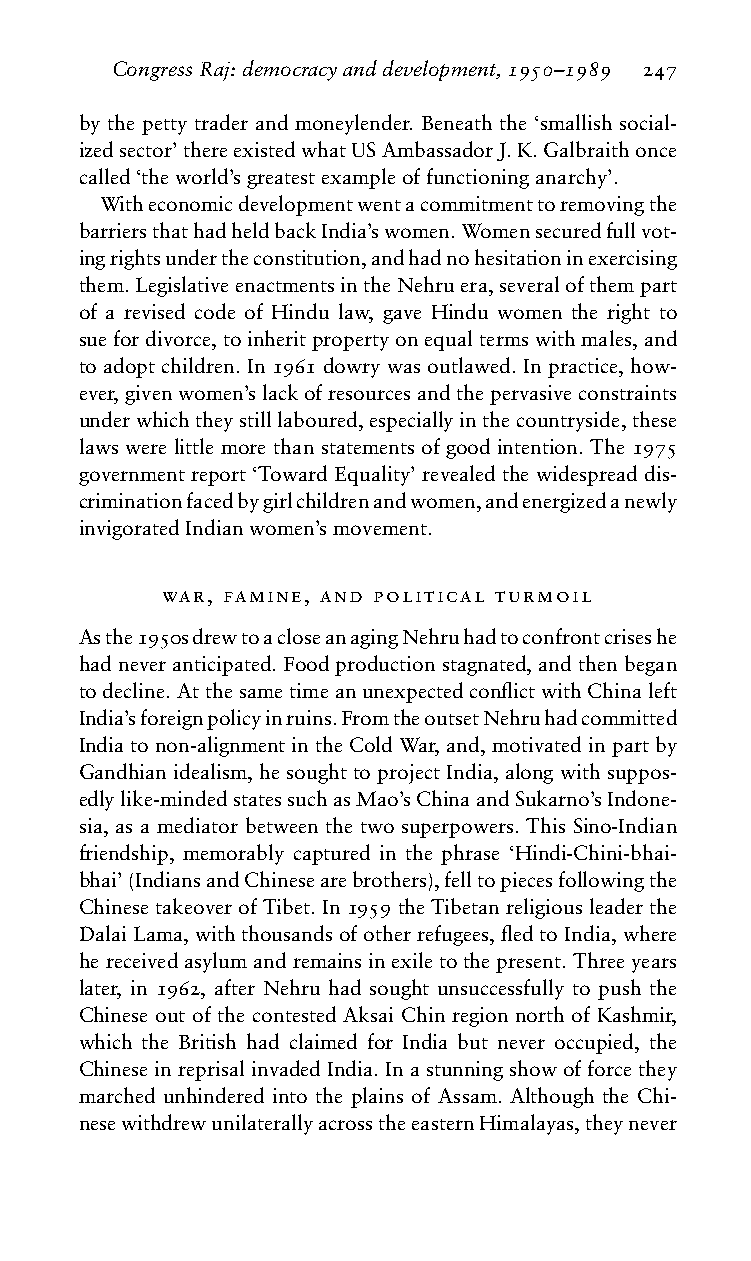
CongressRaj:democracyanddevelopment,1950–1989 247
 by the petty trader and moneylender. Beneath the ‘smallish social-
 izedsector’thereexistedwhatUSAmbassadorJ.K.Galbraithonce
 called‘theworld’sgreatestexampleoffunctioninganarchy’.
 Witheconomicdevelopmentwentacommitmenttoremovingthe
 barriersthathadheldbackIndia’swomen.Womensecuredfullvot-
 ingrightsundertheconstitution,andhadnohesitationinexercising
 them.LegislativeenactmentsintheNehruera,severalofthempart
 of a revised code of Hindu law, gave Hindu women the right to
 suefordivorce,toinheritpropertyonequaltermswithmales,and
 to adopt children. In 1961 dowry was outlawed. In practice, how-
 ever,givenwomen’slackofresourcesandthepervasiveconstraints
 underwhichtheystilllaboured,especiallyinthecountryside,these
 laws were little more than statements of good intention. The 1975
 government report ‘Toward Equality’ revealed the widespread dis-
 criminationfacedbygirlchildrenandwomen,andenergizedanewly
 invigoratedIndianwomen’smovement.
 war, famine, and political turmoil
 Asthe1950sdrewtoacloseanagingNehruhadtoconfrontcriseshe
 hadneveranticipated.Foodproductionstagnated,andthenbegan
 todecline.AtthesametimeanunexpectedconflictwithChinaleft
 India’sforeignpolicyinruins.FromtheoutsetNehruhadcommitted
 Indiatonon-alignmentintheColdWar,and,motivatedinpartby
 Gandhian idealism, he sought to project India, along with suppos-
 edlylike-mindedstatessuchasMao’sChinaandSukarno’sIndone-
 sia, as a mediator between the two superpowers. This Sino-Indian
 friendship, memorably captured in the phrase ‘Hindi-Chini-bhai-
 bhai’(IndiansandChinesearebrothers),felltopiecesfollowingthe
 ChinesetakeoverofTibet.In1959theTibetanreligiousleaderthe
 DalaiLama,withthousandsofotherrefugees,fledtoIndia,where
 hereceivedasylumandremainsinexiletothepresent.Threeyears
 later, in 1962, after Nehru had sought unsuccessfully to push the
 Chinese out of the contested Aksai Chin region north of Kashmir,
 which the British had claimed for India but never occupied, the
 ChineseinreprisalinvadedIndia.Inastunningshowofforcethey
 marched unhindered into the plains of Assam. Although the Chi-
 nesewithdrewunilaterallyacrosstheeasternHimalayas,theynever